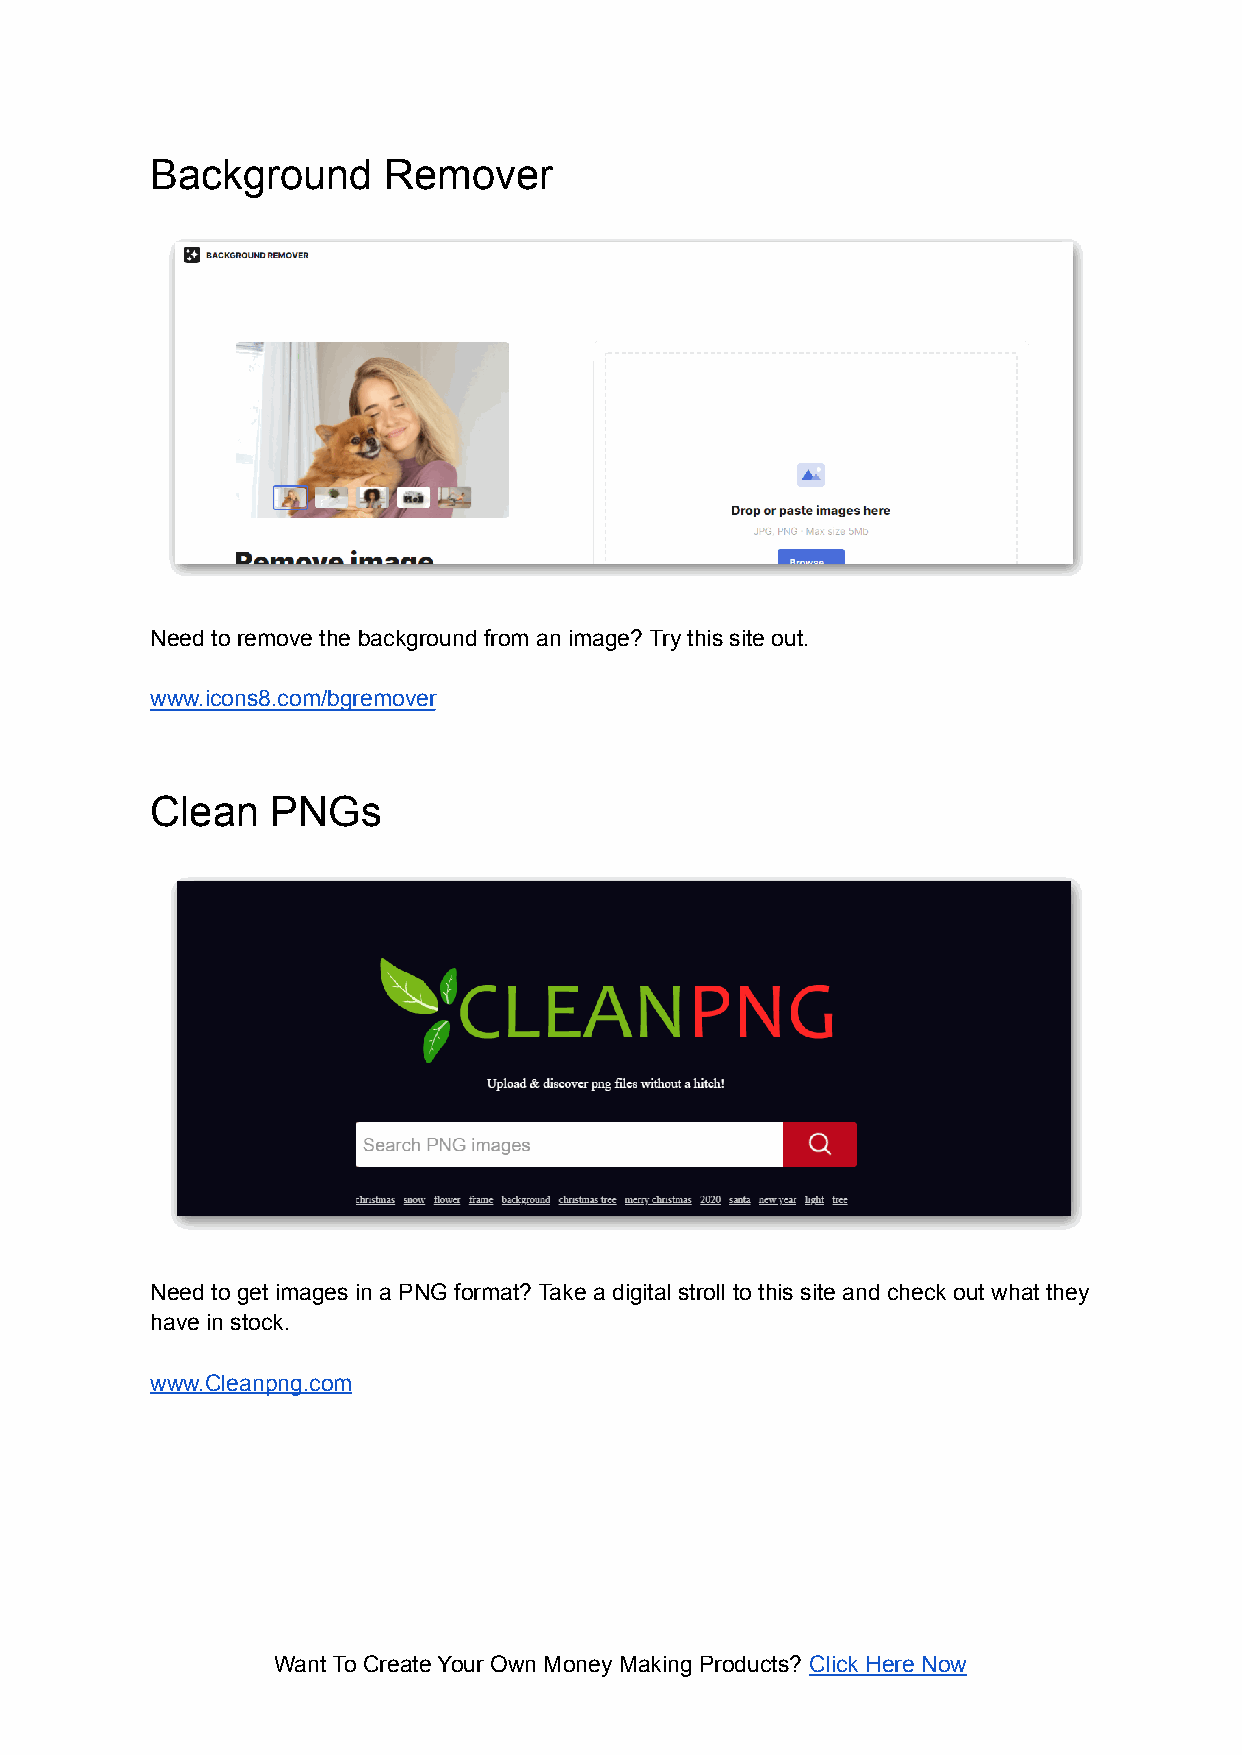
Background     Remover
 Need to remove the background from an image? Try this site out.
 www.icons8.com/bgremover
 Clean   PNGs
 Need to get images in a PNG format? Take a digital stroll to this site and check out what they
 have in stock.
 www.Cleanpng.com
 Want To Create Your Own Money Making Products? Click Here Now